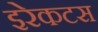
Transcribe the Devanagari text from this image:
इरेकटस